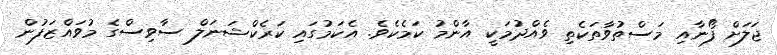
ޖަލަށް ފޯނާއި މަސްތުވާތަކެތި ވެއްދުމަކީ އާންމު ކަމެކެވެ. އެކަމުގައި ކަރެކްޝަނަލް ސާވިސްގެ މުވައްޒަފުން